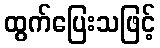
ထွက်ပြေးသဖြင့်